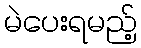
မဲပေးရမည့်